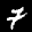
Label: 7